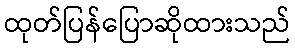
ထုတ်ပြန်ပြောဆိုထားသည်